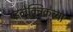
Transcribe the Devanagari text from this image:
इलेक्ट्रिकच्या